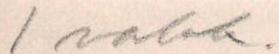
1 valok.